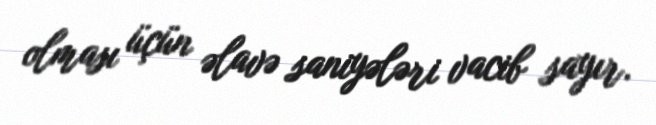
olması üçün əlavə saniyələri vacib sayır.